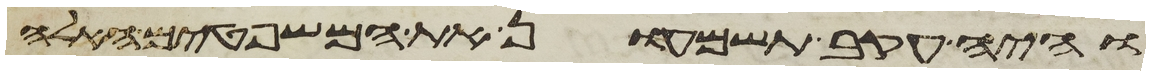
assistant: והיה עקב תשמעון את המשפטים האלה